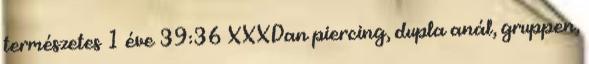
természetes 1 éve 39:36 XXXDan piercing, dupla anál, gruppen,